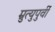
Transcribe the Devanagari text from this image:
म्रुत्युपुर्वी